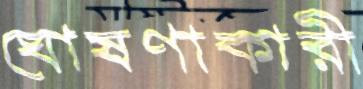
ঘোষণাকারী